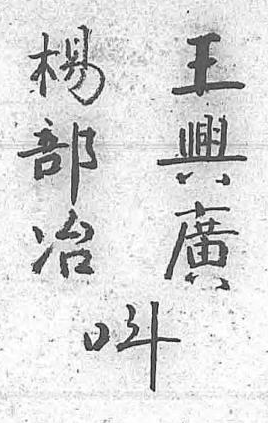
楊王呌部興 冶廣